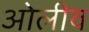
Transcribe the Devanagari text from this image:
ओलीव